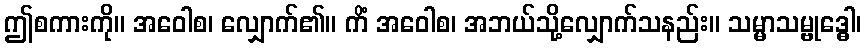
ဤစကားကို။ အဝေါစ၊ လျှောက်၏။ ကိံ အဝေါစ၊ အဘယ်သို့လျှောက်သနည်း။ သမ္မာသမ္ဗုဒ္ဓေါ၊